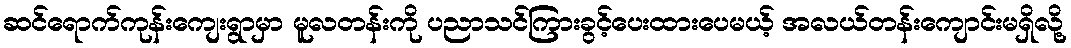
ဆင်ရောက်ကုန်းကျေးရွာမှာ မူလတန်းကို ပညာသင်ကြားခွင့်ပေးထားပေမယ့် အလယ်တန်းကျောင်းမရှိလို့